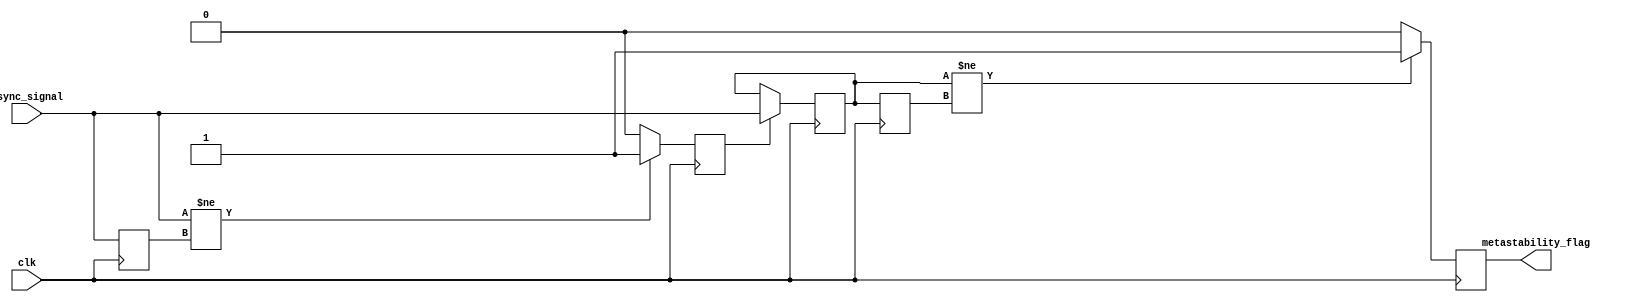
module metastability_detector (
    input wire clk,               // System clock
    input wire async_signal,      // Asynchronous input signal
    output reg metastability_flag  // Metastability detection signal
);

    reg async_signal_d1;          // Delayed version of the asynchronous signal
    reg pulse;                    // Pulse generated from the signal transition
    reg ff1_out;                  // Output of the first flip-flop
    reg ff2_out;                  // Output of the second flip-flop

    // Pulse generator logic
    always @(posedge clk) begin
        if (async_signal != async_signal_d1) // Detect transition
            pulse <= 1'b1; // Generate a pulse
        else
            pulse <= 1'b0; // Clear the pulse
    end

    // Store the previous state of the asynchronous signal
    always @(posedge clk) begin
        async_signal_d1 <= async_signal;
    end

    // First flip-flop  samples the asynchronous signal
    always @(posedge clk) begin
        if (pulse) // Sample on pulse
            ff1_out <= async_signal;
    end

    // Second flip-flop  samples the output of the first flip-flop
    always @(posedge clk) begin
        ff2_out <= ff1_out;
    end

    // Metastability detection logic
    always @(posedge clk) begin
        // Check if outputs of the flip-flops are unstable
        if (ff1_out != ff2_out) begin
            metastability_flag <= 1'b1; // Metastability detected
        end else begin
            metastability_flag <= 1'b0; // Clear flag if stable
        end
    end

endmodule